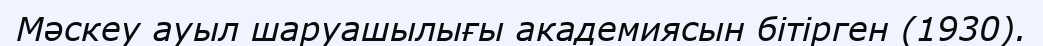
Мәскеу ауыл шаруашылығы академиясын бітірген (1930).